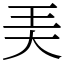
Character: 㺯